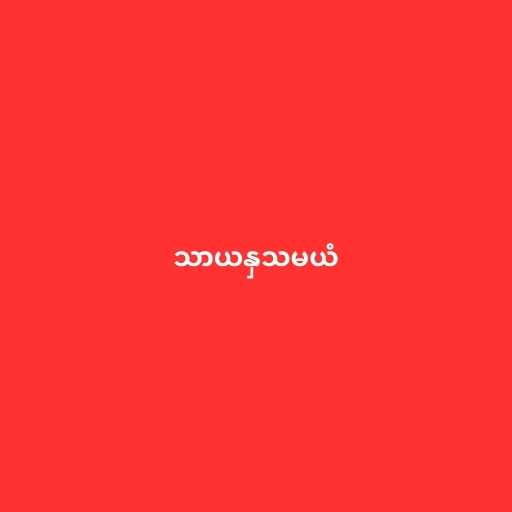
သာယနှသမယံ